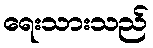
ရေးသားသည်